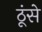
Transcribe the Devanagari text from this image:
ठूंसे